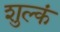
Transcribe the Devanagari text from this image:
शुल्कं